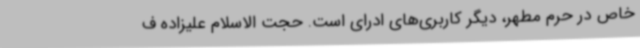
خاص در حرم مطهر، دیگر کاربری‌های ادرای است. حجت الاسلام علیزاده ف